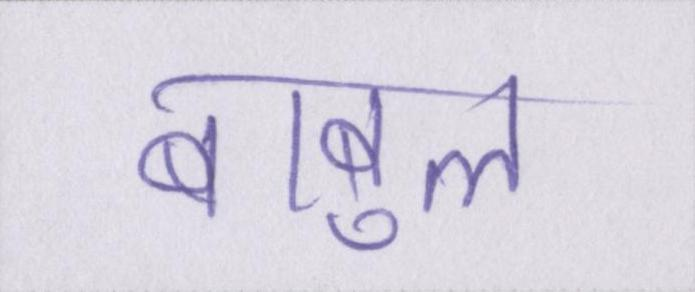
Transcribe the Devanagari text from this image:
बाबुल